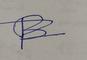
Signature authenticity: forged